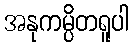
အနုကမ္ပိတရူပါ